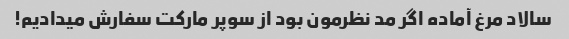
سالاد مرغ آماده اگر مد نظرمون بود از سوپر مارکت سفارش میدادیم!